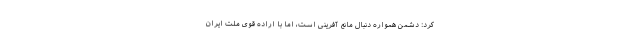
کرد: دشمن همواره دنبال مانع آفرینی است، اما با اراده قوی ملت ایران